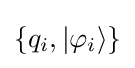
\{q_{i},|\varphi _{i}\rangle \}